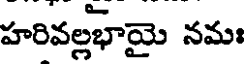
హరివల్లభామై నమః